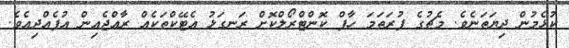
ކުޅެމުން ދިޔަތަނެވެ. މެޗުގެ ފުރަތަމަ ހާފް ކޮންޓްރޯލްކޮށް ރަނގަޅު އެޓޭކްތަކެއް ރާއްޖެއިން އުފެއްދިއެވެ.